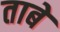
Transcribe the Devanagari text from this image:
ताबें